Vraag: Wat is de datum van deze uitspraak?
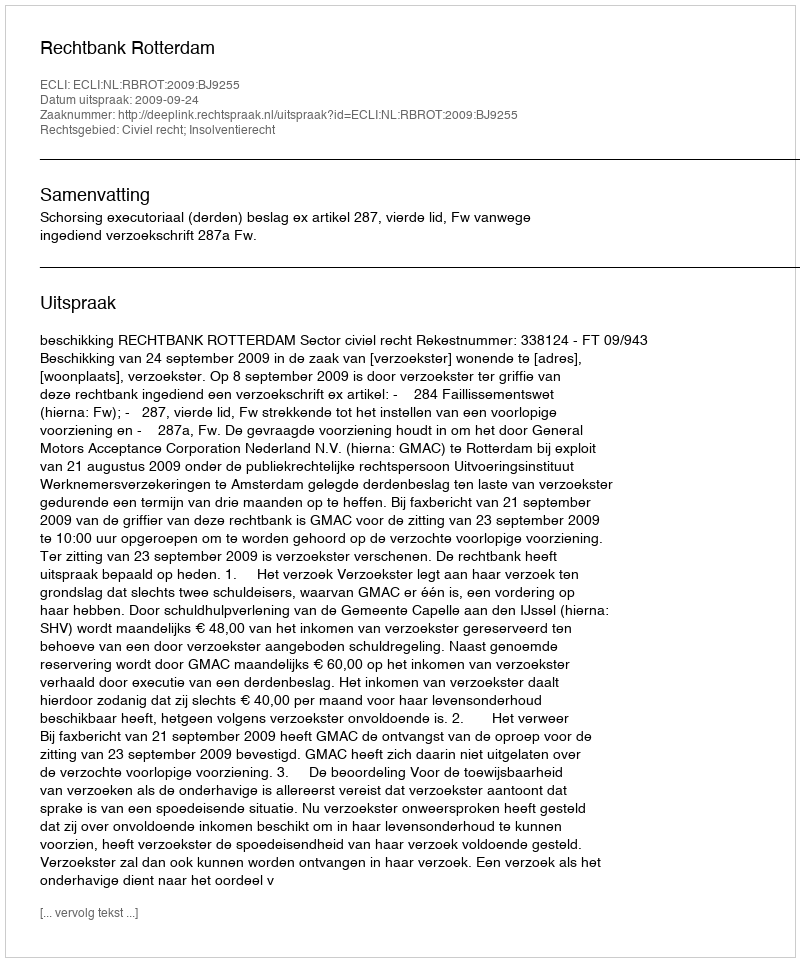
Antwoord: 2009-09-24